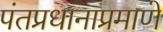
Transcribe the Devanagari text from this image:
पंतप्रधानाप्रमाणे